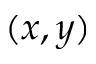
( x , y )